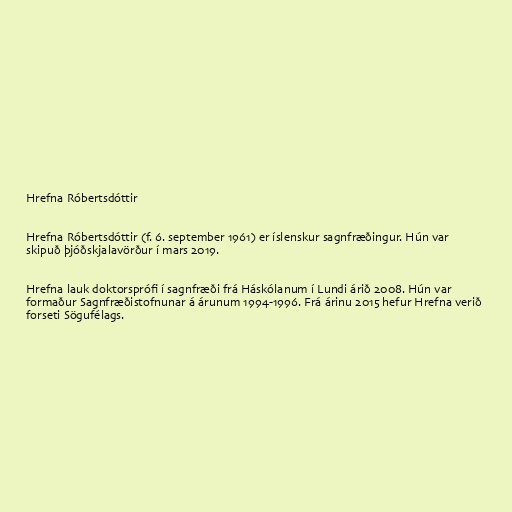
Hrefna Róbertsdóttir

Hrefna Róbertsdóttir (f. 6. september 1961) er íslenskur sagnfræðingur. Hún var
skipuð þjóðskjalavörður í mars 2019.

Hrefna lauk doktorsprófi í sagnfræði frá Háskólanum í Lundi árið 2008. Hún var
formaður Sagnfræðistofnunar á árunum 1994-1996. Frá árinu 2015 hefur Hrefna verið
forseti Sögufélags.